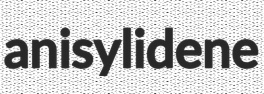
anisylidene